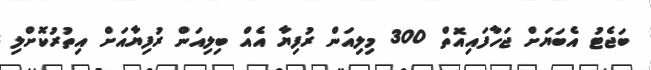
ބަޖެޓު އެބަޔަށް ޖަހާފައިއޮތް 300 މިލިއަން ރުފިޔާ އެއް ބިލިއަން ރުފިޔާއަށް އިތުރުކޮށްލި